Vaccination in Bombay 1863-1868 - 1863-1868
Year: 1863
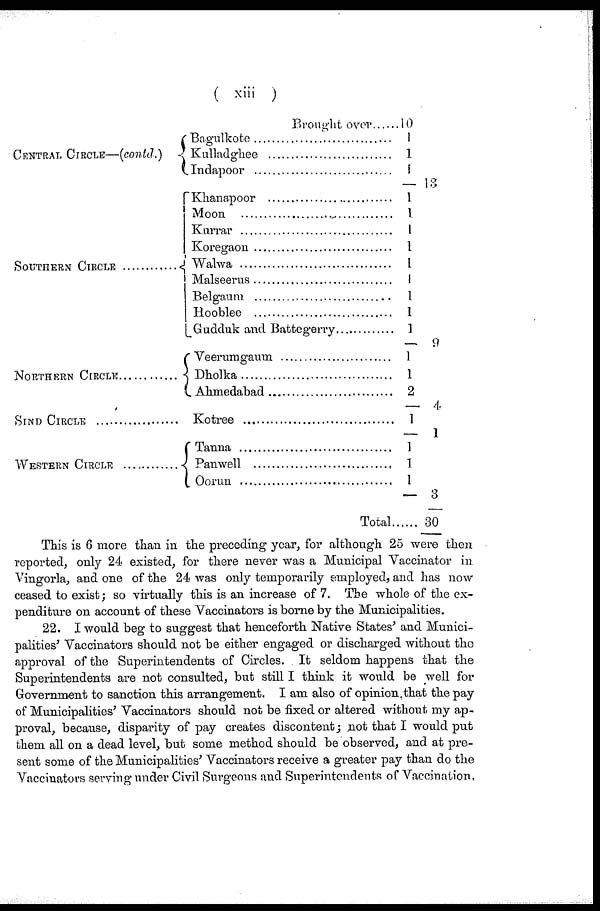
( xiii )
CENTRAL CIRCLE—(contd.)
SOUTHERN CIRCLE ...........
NORTHERN CIRCLE .........
SIND CIRCLE ...................
WESTERN CIRCLE ............
Brought over ......
Bagulkote
Kulladghee
Indapoor
Khanapoor
Moon ............................
Kurrar
Koregaon
Walwa ..............................
Malseerus
Belgaum
Hooblee
Gudduk and Battegerry
Veerumgaum ..........................
Dholka
Ahmedabad
Kotree ...................................
Tanna ....................................
Panwell ..................................
Oorun ....................................
Total......
10
1
1
1
13
1
1
1
1
1
1
1
1
1
9
1
1
2
4
1
1
1
1
1
3
30
This is 6 more than in the preceding year, for although 25 were then
reported, only 24 existed, for there never was a Municipal Vaccinator in
Vingorla, and one of the 24 was only temporarily employed, and has now
ceased to exist; so virtually this is an increase of 7. The whole of the ex-
penditure on account of these Vaccinators is borne by the Municipalities.
22. I would beg to suggest that henceforth Native States' and Munici-
palities' Vaccinators should not be either engaged or discharged without the
approval of the Superintendents of Circles. It seldom happens that the
Superintendents are not consulted, but still I think it would be well for
Government to sanction this arrangement. I am also of opinion that the pay
of Municipalities' Vaccinators should not be fixed or altered without my ap-
proval, because, disparity of pay creates discontent; not that I would put
them all on a dead level, but some method should be observed, and at pre-
sent some of the Municipalities' Vaccinators receive a greater pay than do the
Vaccinators serving under Civil Surgeons and Superintendents of Vaccination.